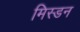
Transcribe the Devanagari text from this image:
मिस्डन